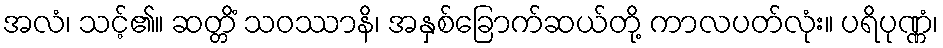
အလံ၊ သင့်၏။ ဆတ္တိံ သဝဿာနိ၊ အနှစ်ခြောက်ဆယ်တို့ ကာလပတ်လုံး။ ပရိပုဏ္ဏံ၊